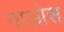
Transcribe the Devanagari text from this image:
नाओस